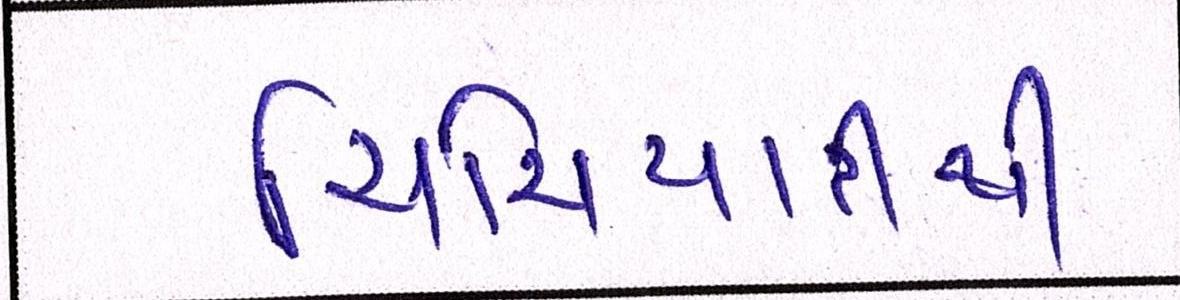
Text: ચિચિયારીથી